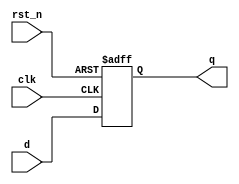
module d_flip_flop (
    input wire clk,      // Clock signal
    input wire rst_n,    // Active-low asynchronous reset
    input wire d,       // Data input
    output reg q        // Data output
);

    // Always block sensitive to the negative edge of clk
    always @(negedge clk or negedge rst_n) begin
        if (!rst_n) begin
            // Asynchronous reset
            q <= 1'b0;   // Set output to 0 on reset
        end else begin
            // Capture data on negative edge of clk
            q <= d;      // Non-blocking assignment
        end
    end

endmodule